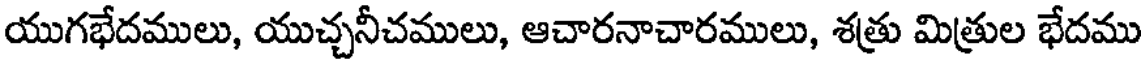
యుగభేదములు, యుచ్చనీచములు, ఆచారనాచారములు, శత్రు మిత్రుల భేదము